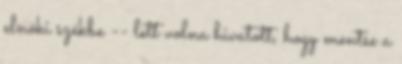
elnöki székbe -- lett volna hivatott, hogy mentse a